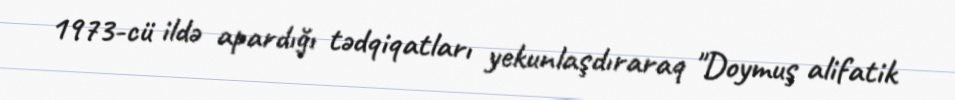
1973-cü ildə apardığı tədqiqatları yekunlaşdıraraq "Doymuş alifatik